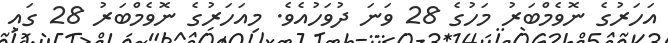
އަހަރުގެ ނޮވެމްބަރު މަހުގެ 28 ވަނަ ދުވަހުއެވެ. މިއަހަރުގެ ނޮވެމްބަރު 28 ގައި